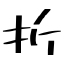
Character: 折